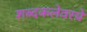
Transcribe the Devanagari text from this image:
शब्दकलेवरचे